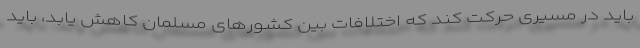
باید در مسیری حرکت کند که اختلافات بین کشورهای مسلمان کاهش یابد، باید